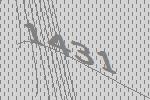
1431